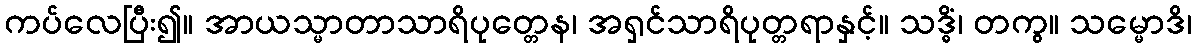
ကပ်လေပြီး၍။ အာယသ္မာတာသာရိပုတ္တေန၊ အရှင်သာရိပုတ္တရာနှင့်။ သဒ္ဓိံ၊ တကွ။ သမ္မောဒိ၊